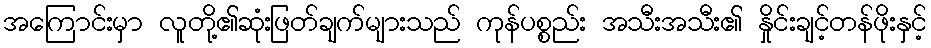
အကြောင်းမှာ လူတို့၏ဆုံးဖြတ်ချက်များသည် ကုန်ပစ္စည်း အသီးအသီး၏ နှိုင်းချင့်တန်ဖိုးနှင့်